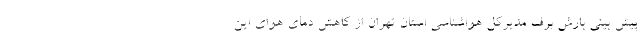
پیش بینی بارش برف مدیرکل هواشناسی استان تهران از کاهش دمای هوای این